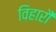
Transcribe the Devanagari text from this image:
विहारौं